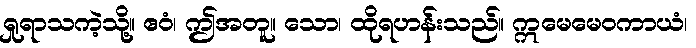
ရှုရာသကဲ့သို့။ ဧဝံ၊ ဤအတူ။ သော၊ ထိုရဟန်းသည်။ ဣမေမေဝကာယံ၊